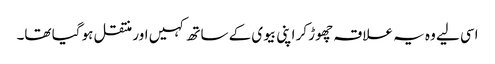
اسی لیے وہ یہ علاقہ چھوڑ کر اپنی بیوی کے ساتھ کہیں اور منتقل ہو گیا تھا۔